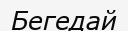
Бегедай